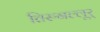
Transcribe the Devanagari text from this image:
तिरुनल्लूर्